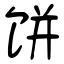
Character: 饼